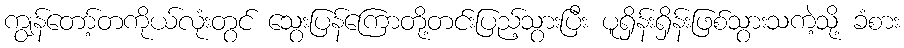
ကျွန်တော့်တကိုယ်လုံးတွင် သွေးပြန်ကြောတို့တင်းပြည့်သွားပြီး ပူရှိန်းရှိန်းဖြစ်သွားသကဲ့သို့ ခံစား